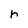
Character: r